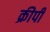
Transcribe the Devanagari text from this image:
क्रीपी